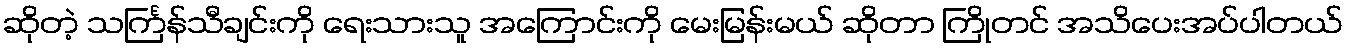
ဆိုတဲ့ သင်္ကြန်သီချင်းကို ရေးသားသူ အကြောင်းကို မေးမြန်းမယ် ဆိုတာ ကြိုတင် အသိပေးအပ်ပါတယ်